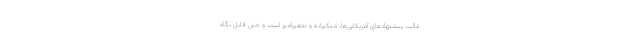
غالب پیشنهادهای آمریکایی‌ها، متکبرانه و تحقیرآمیز است و حتی قابل نگاه